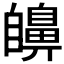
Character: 𦤫